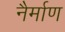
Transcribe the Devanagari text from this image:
नैर्माण